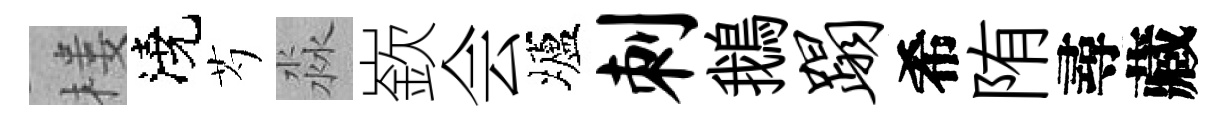
楼澆芍淼嶔会壚刺鵝蹋希陏尋藏